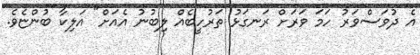
އެ ދުވަސްވަރު ހަމަ ވަރަށް ރަނގަޅު ތަރުހީބެއް ލިބުނު އެއަށް" އަލިކާ ބުންޏެވެ.